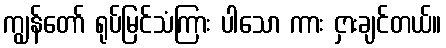
ကျွန်တော် ရုပ်မြင်သံကြား ပါသော ကား ငှားချင်တယ်။